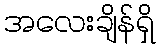
အလေးချိန်ရှိ